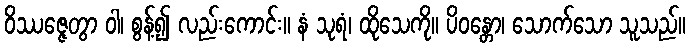
ဝိဿဇ္ဇေတွာ ဝါ၊ စွန့်၍ လည်းကောင်း။ နံ သုရံ၊ ထိုသေကို။ ပိဝန္တော၊ သောက်သော သူသည်။